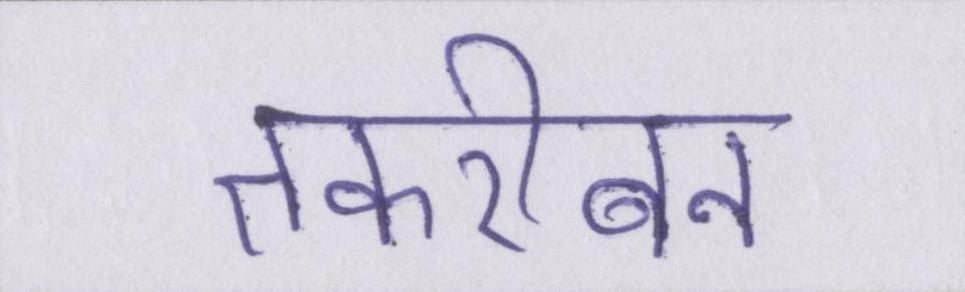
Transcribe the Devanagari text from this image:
तकरीबन